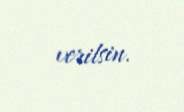
verilsin.